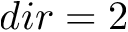
d i r = 2